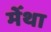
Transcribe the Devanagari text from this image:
मेँथा